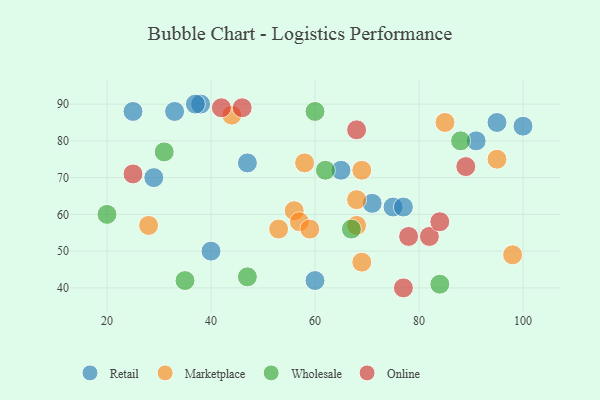
{"axis": {"x": "GDP", "y": "Life Expectancy"}, "legend": ["Marketplace", "Online", "Retail", "Wholesale"], "data": [{"x": "29", "y": 70, "type": "Retail"}, {"x": "33", "y": 88, "type": "Retail"}, {"x": "71", "y": 63, "type": "Retail"}, {"x": "65", "y": 72, "type": "Retail"}, {"x": "40", "y": 50, "type": "Retail"}, {"x": "95", "y": 85, "type": "Retail"}, {"x": "60", "y": 42, "type": "Retail"}, {"x": "38", "y": 90, "type": "Retail"}, {"x": "25", "y": 88, "type": "Retail"}, {"x": "75", "y": 62, "type": "Retail"}, {"x": "100", "y": 84, "type": "Retail"}, {"x": "77", "y": 62, "type": "Retail"}, {"x": "91", "y": 80, "type": "Retail"}, {"x": "47", "y": 74, "type": "Retail"}, {"x": "37", "y": 90, "type": "Retail"}, {"x": "98", "y": 49, "type": "Marketplace"}, {"x": "85", "y": 85, "type": "Marketplace"}, {"x": "56", "y": 61, "type": "Marketplace"}, {"x": "57", "y": 58, "type": "Marketplace"}, {"x": "58", "y": 74, "type": "Marketplace"}, {"x": "69", "y": 47, "type": "Marketplace"}, {"x": "68", "y": 57, "type": "Marketplace"}, {"x": "68", "y": 64, "type": "Marketplace"}, {"x": "69", "y": 72, "type": "Marketplace"}, {"x": "44", "y": 87, "type": "Marketplace"}, {"x": "59", "y": 56, "type": "Marketplace"}, {"x": "53", "y": 56, "type": "Marketplace"}, {"x": "95", "y": 75, "type": "Marketplace"}, {"x": "28", "y": 57, "type": "Marketplace"}, {"x": "67", "y": 56, "type": "Wholesale"}, {"x": "47", "y": 43, "type": "Wholesale"}, {"x": "35", "y": 42, "type": "Wholesale"}, {"x": "84", "y": 41, "type": "Wholesale"}, {"x": "88", "y": 80, "type": "Wholesale"}, {"x": "31", "y": 77, "type": "Wholesale"}, {"x": "60", "y": 88, "type": "Wholesale"}, {"x": "20", "y": 60, "type": "Wholesale"}, {"x": "62", "y": 72, "type": "Wholesale"}, {"x": "25", "y": 71, "type": "Online"}, {"x": "82", "y": 54, "type": "Online"}, {"x": "89", "y": 73, "type": "Online"}, {"x": "68", "y": 83, "type": "Online"}, {"x": "77", "y": 40, "type": "Online"}, {"x": "46", "y": 89, "type": "Online"}, {"x": "78", "y": 54, "type": "Online"}, {"x": "84", "y": 58, "type": "Online"}, {"x": "42", "y": 89, "type": "Online"}]}